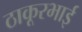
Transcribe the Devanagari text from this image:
ठाकूरभाई